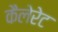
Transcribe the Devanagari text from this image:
कैलेरेट